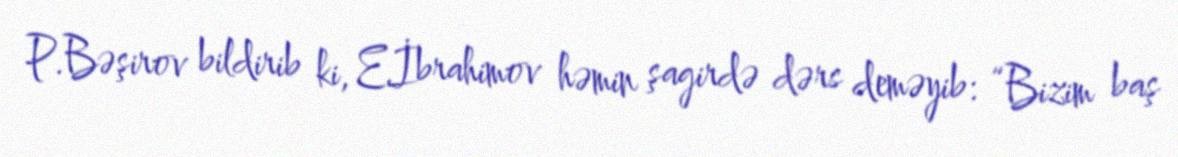
P.Bəşirov bildirib ki, E.İbrahimov həmin şagirdə dərs deməyib: “Bizim baş